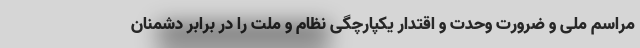
مراسم ملی و ضرورت وحدت و اقتدار یکپارچگی نظام و ملت را در برابر دشمنان